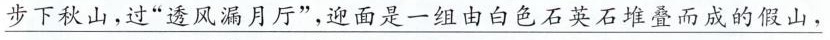
\underline{步下秋山，过”透风漏月厅”，迎面是一组由白色石英石堆叠而成的假山，}